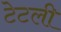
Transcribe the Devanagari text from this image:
टेटली